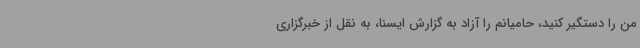
من را دستگیر کنید، حامیانم را آزاد به گزارش ایسنا، به نقل از خبرگزاری